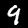
Label: 9